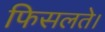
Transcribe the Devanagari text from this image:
फिसलते।